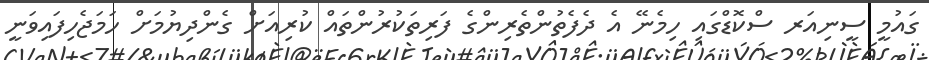
ގައުމީ ސީނިއަރ ސްކޮޑްގައި ހިމެނޭ އެ ދެފެތުންތެރިންގެ ފަރިތަކުރުންތައް ކުރިއަށް ގެންދިޔުމަށް ހަމަޖެހިފައިވަނީ